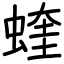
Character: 蝰